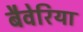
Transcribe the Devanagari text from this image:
बैवेरिया